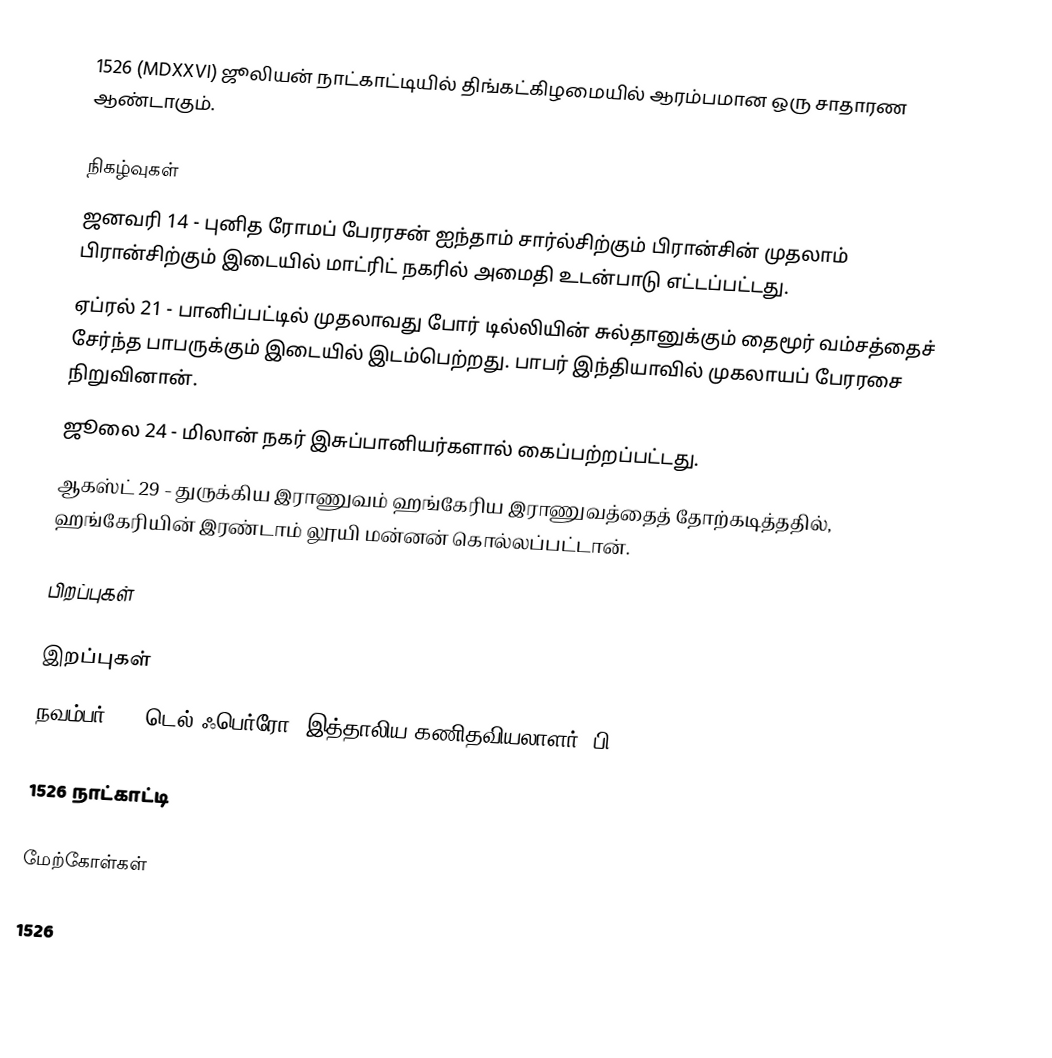
1526 (MDXXVI) ஜூலியன் நாட்காட்டியில் திங்கட்கிழமையில் ஆரம்பமான ஒரு சாதாரண ஆண்டாகும்.

நிகழ்வுகள்
 ஜனவரி 14 - புனித ரோமப் பேரரசன் ஐந்தாம் சார்ல்சிற்கும் பிரான்சின் முதலாம் பிரான்சிற்கும் இடையில் மாட்ரிட் நகரில் அமைதி உடன்பாடு எட்டப்பட்டது.
 ஏப்ரல் 21 - பானிப்பட்டில் முதலாவது போர் டில்லியின் சுல்தானுக்கும் தைமூர் வம்சத்தைச் சேர்ந்த பாபருக்கும் இடையில் இடம்பெற்றது. பாபர் இந்தியாவில் முகலாயப் பேரரசை நிறுவினான்.
 ஜூலை 24 - மிலான் நகர் இசுப்பானியர்களால் கைப்பற்றப்பட்டது.
 ஆகஸ்ட் 29 - துருக்கிய இராணுவம் ஹங்கேரிய இராணுவத்தைத் தோற்கடித்ததில், ஹங்கேரியின் இரண்டாம் லூயி மன்னன் கொல்லப்பட்டான்.

பிறப்புகள்

இறப்புகள்
 நவம்பர் 5 - டெல் ஃபெர்ரோ, இத்தாலிய கணிதவியலாளர் (பி. 1465)

1526 நாட்காட்டி

மேற்கோள்கள்

1526